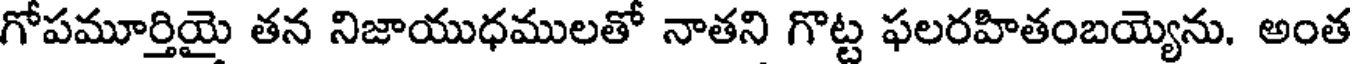
గోపమూర్తియై తన నిజాయుధములతో నాతని గొట్ట ఫలరహితంబయ్యెను. అంత